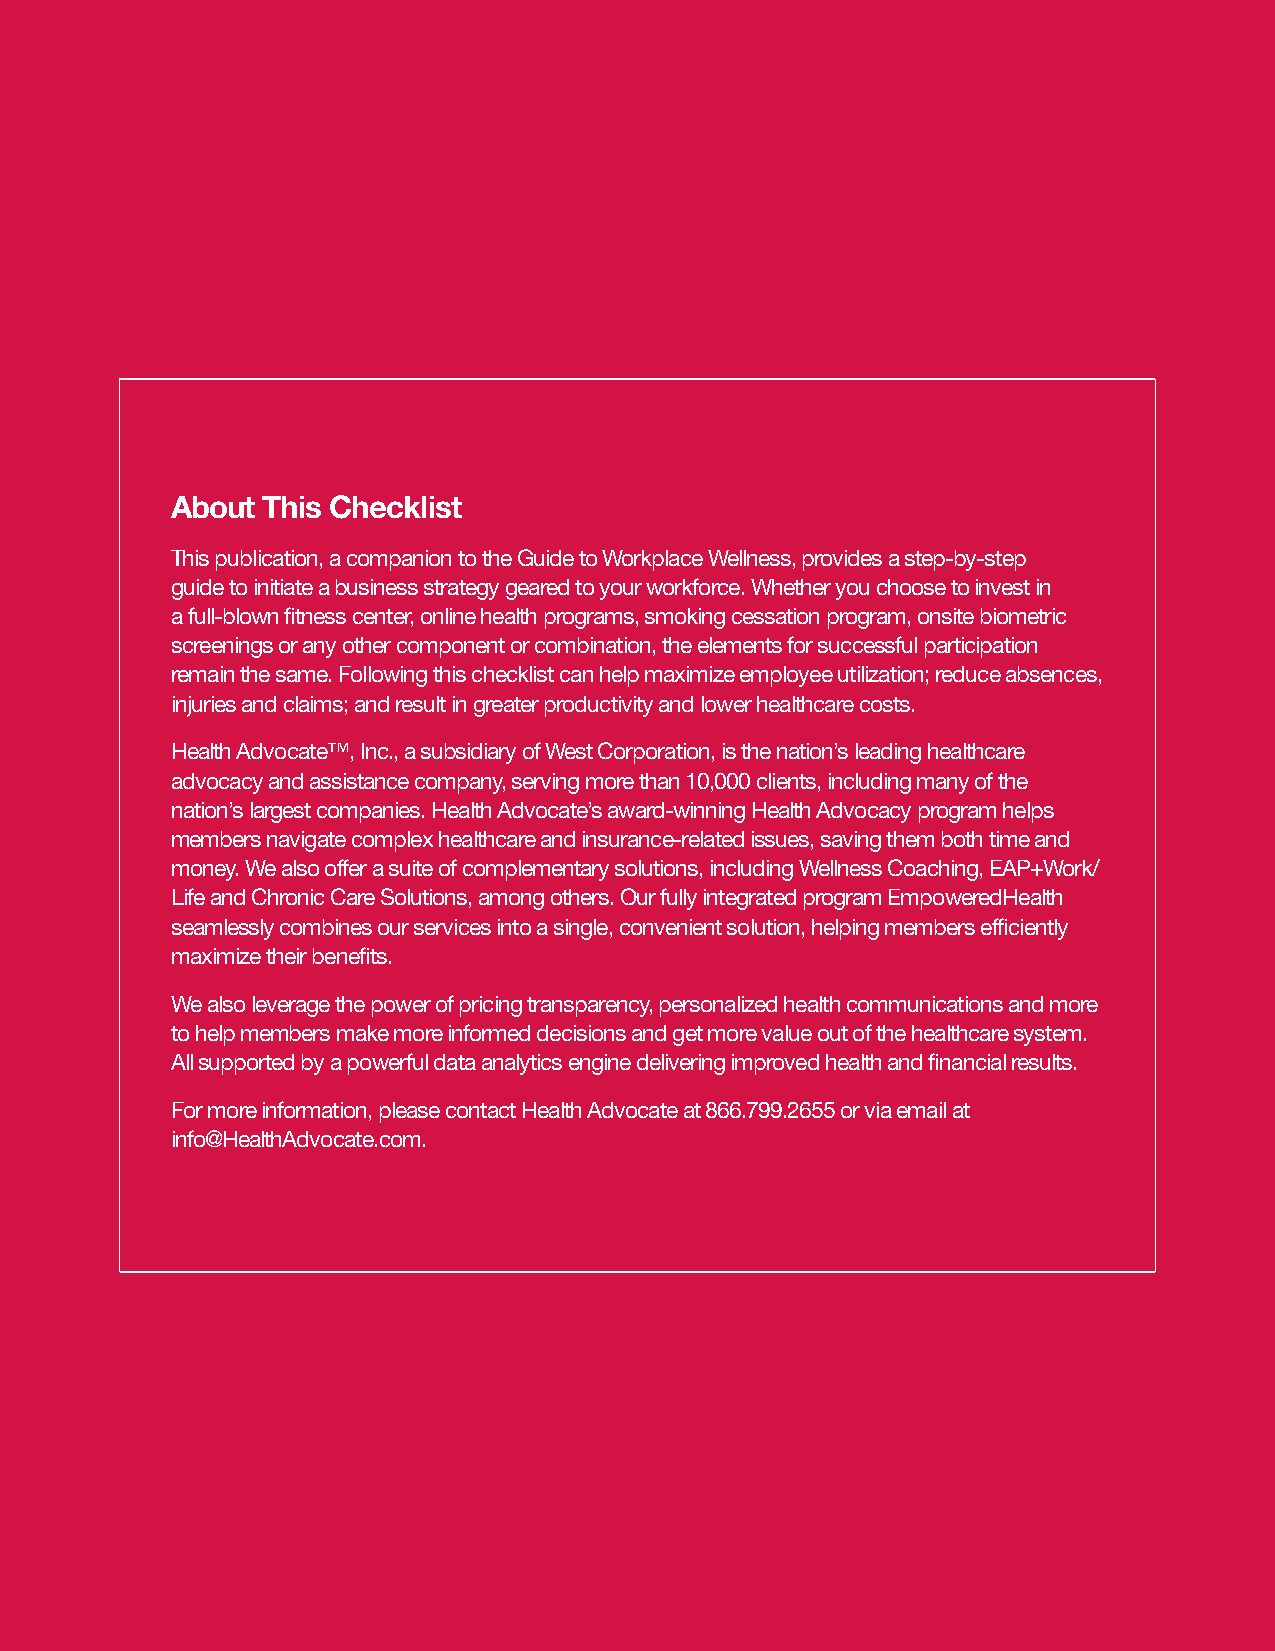
About This Checklist
 This publication, a companion to the Guide to Workplace Wellness, provides a step-by-step
 guide to initiate a business strategy geared to your workforce. Whether you choose to invest in
 a full-blown fitness center, online health programs, smoking cessation program, onsite biometric
 screenings or any other component or combination, the elements for successful participation
 remain the same. Following this checklist can help maximize employee utilization; reduce absences,
 injuries and claims; and result in greater productivity and lower healthcare costs.
 Health Advocate™, Inc., a subsidiary of West Corporation, is the nation’s leading healthcare
 advocacy and assistance company, serving more than 10,000 clients, including many of the
 nation’s largest companies. Health Advocate’s award-winning Health Advocacy program helps
 members navigate complex healthcare and insurance-related issues, saving them both time and
 money. We also offer a suite of complementary solutions, including Wellness Coaching, EAP+Work/
 Life and Chronic Care Solutions, among others. Our fully integrated program EmpoweredHealth
 seamlessly combines our services into a single, convenient solution, helping members efficiently
 maximize their benefits.
 We also leverage the power of pricing transparency, personalized health communications and more
 to help members make more informed decisions and get more value out of the healthcare system.
 All supported by a powerful data analytics engine delivering improved health and financial results.
 For more information, please contact Health Advocate at 866.799.2655 or via email at
 info@HealthAdvocate.com.